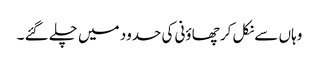
وہاں سے نکل کر چھاؤنی کی حدود میں چلے گئے ۔